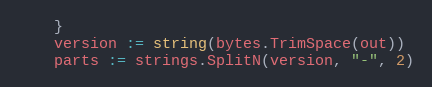
Language: Go
	}
	version := string(bytes.TrimSpace(out))
	parts := strings.SplitN(version, "-", 2)